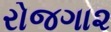
રોજગા૨